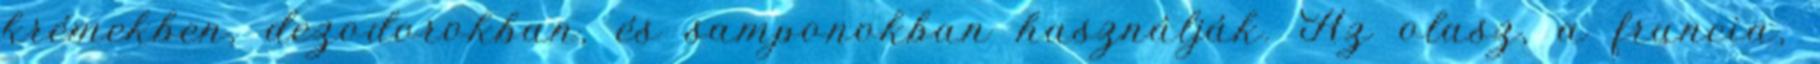
krémekben, dezodorokban, és samponokban használják. Az olasz, a francia,